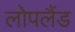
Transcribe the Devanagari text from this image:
लोपलैंड